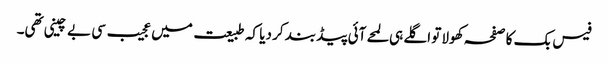
فیس بک کا صفحہ کھولا تو اگلے ہی لمحے آئی پیڈ بند کر دیا کہ طبیعت میں عجیب سی بے چینی تھی۔